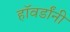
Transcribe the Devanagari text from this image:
हॉवर्डांनी